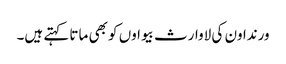
ورنداون کی لاوارث بیواوں کو بھی ماتا کہتے ہیں۔